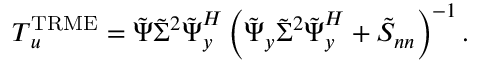
\boldsymbol { T } _ { \boldsymbol { u } } ^ { \mathrm { T R M E } } = \boldsymbol { \tilde { \Psi } } \boldsymbol { \tilde { \Sigma } ^ { 2 } } \boldsymbol { \tilde { \Psi } } _ { \boldsymbol { y } } ^ { H } \left( \boldsymbol { \tilde { \Psi } _ { y } } \boldsymbol { \tilde { \Sigma } ^ { 2 } } \boldsymbol { \tilde { \Psi } } _ { \boldsymbol { y } } ^ { H } + \boldsymbol { \tilde { S } _ { n n } } \right) ^ { - 1 } .